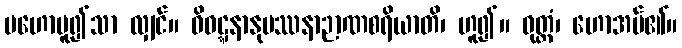
မဟောမူ၍သာ လျှင်။ ဝိဝဋ္ဋနာနုပဿနာဉာဏစရိယာတိ၊ ဟူ၍။ ဝုတ္တံ၊ ဟောအပ်၏။